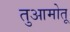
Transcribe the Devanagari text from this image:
तुआमोतू